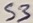
Text: S3